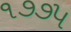
૧૭૭૫